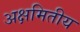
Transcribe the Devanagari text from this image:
अक्षमितीय